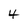
Character: 4